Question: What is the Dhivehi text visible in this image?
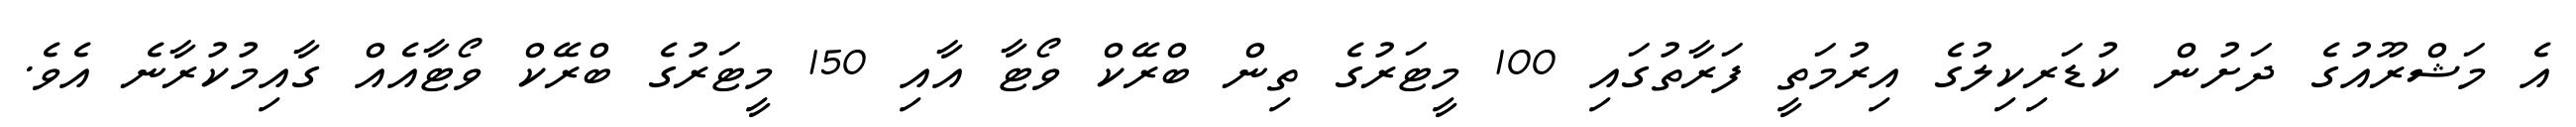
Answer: އެ މަޝްރޫއުގެ ދަށުން ކުޑަރިކިލުގެ އިރުމަތީ ފަރާތުގައި 100 މީޓަރުގެ ތިން ބްރޭކް ވޯޓާ އާއި 150 މީޓަރުގެ ބްރޭކް ވޯޓާއެއް ގާއިމުކުރާނެ އެވެ.